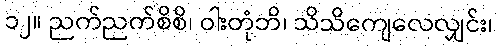
၁၂။ ညက်ညက်စိစိ၊ ဝါးတုံဘိ၊ သိသိကျေလေလျှင်း၊